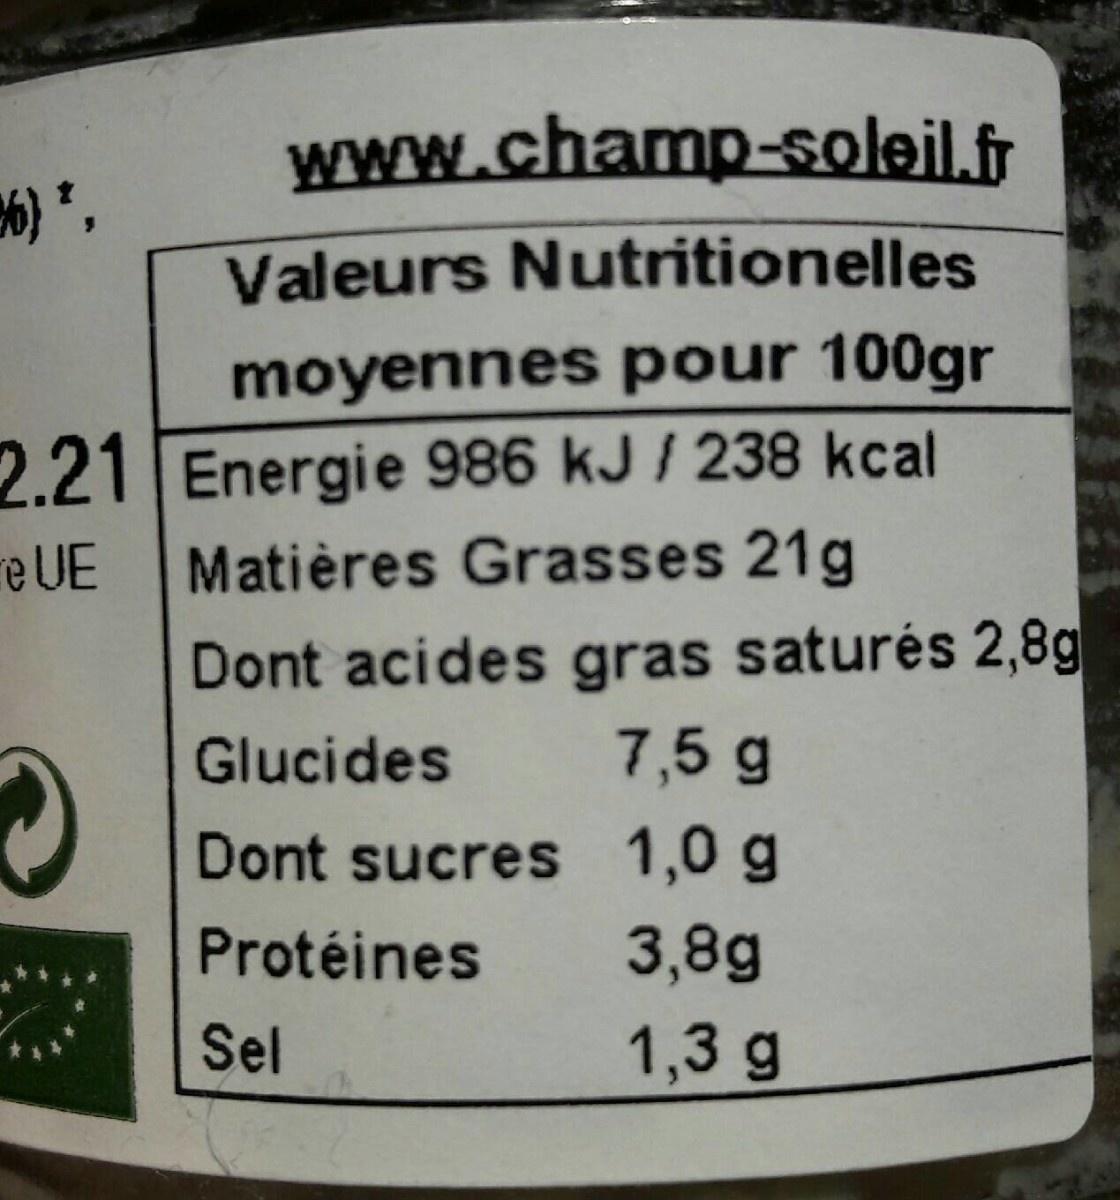
www.champ-soleil.fr
Valeurs Nutritionelles
moyennes pour 100gr
2.21 Energie 986 kJ / 238 kcal re UE
Matières Grasses 21g
Dont acides gras saturés 2,8g 7,5 g
Glucides
Dont sucres 1,0 g
Protéines
3,8g
Sel
1,3 g